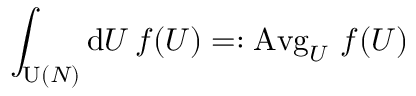
\int _ { \operatorname { U } ( N ) } \mathrm { d } U \, f ( U ) = : \operatorname { A v g } _ { U } \, f ( U )